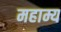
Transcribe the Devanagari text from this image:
महाम्य